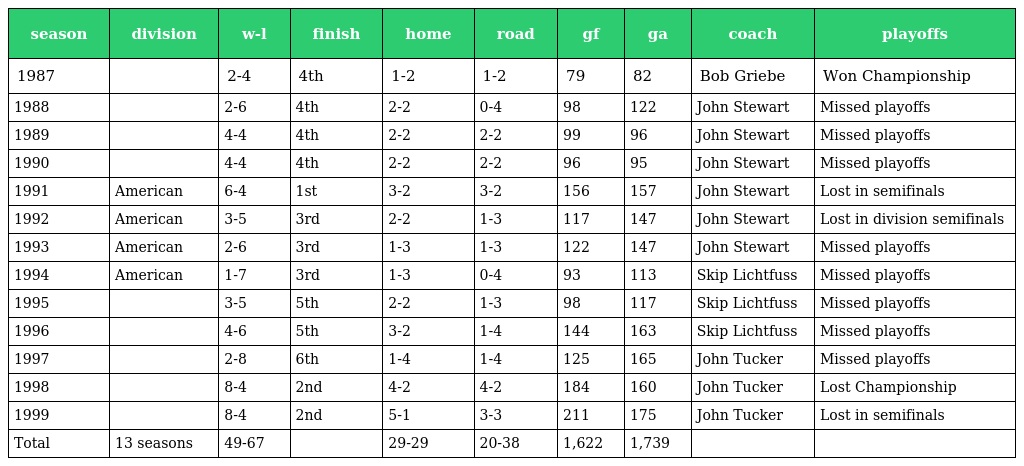
| season | division | w-l | finish | home | road | gf | ga | coach | playoffs |
 | --- | --- | --- | --- | --- | --- | --- | --- | --- | --- |
 | 1987 |  | 2-4 | 4th | 1-2 | 1-2 | 79 | 82 | Bob Griebe | Won Championship |
 | 1988 |  | 2-6 | 4th | 2-2 | 0-4 | 98 | 122 | John Stewart | Missed playoffs |
 | 1989 |  | 4-4 | 4th | 2-2 | 2-2 | 99 | 96 | John Stewart | Missed playoffs |
 | 1990 |  | 4-4 | 4th | 2-2 | 2-2 | 96 | 95 | John Stewart | Missed playoffs |
 | 1991 | American | 6-4 | 1st | 3-2 | 3-2 | 156 | 157 | John Stewart | Lost in semifinals |
 | 1992 | American | 3-5 | 3rd | 2-2 | 1-3 | 117 | 147 | John Stewart | Lost in division semifinals |
 | 1993 | American | 2-6 | 3rd | 1-3 | 1-3 | 122 | 147 | John Stewart | Missed playoffs |
 | 1994 | American | 1-7 | 3rd | 1-3 | 0-4 | 93 | 113 | Skip Lichtfuss | Missed playoffs |
 | 1995 |  | 3-5 | 5th | 2-2 | 1-3 | 98 | 117 | Skip Lichtfuss | Missed playoffs |
 | 1996 |  | 4-6 | 5th | 3-2 | 1-4 | 144 | 163 | Skip Lichtfuss | Missed playoffs |
 | 1997 |  | 2-8 | 6th | 1-4 | 1-4 | 125 | 165 | John Tucker | Missed playoffs |
 | 1998 |  | 8-4 | 2nd | 4-2 | 4-2 | 184 | 160 | John Tucker | Lost Championship |
 | 1999 |  | 8-4 | 2nd | 5-1 | 3-3 | 211 | 175 | John Tucker | Lost in semifinals |
 | Total | 13 seasons | 49-67 |  | 29-29 | 20-38 | 1,622 | 1,739 |  |  |